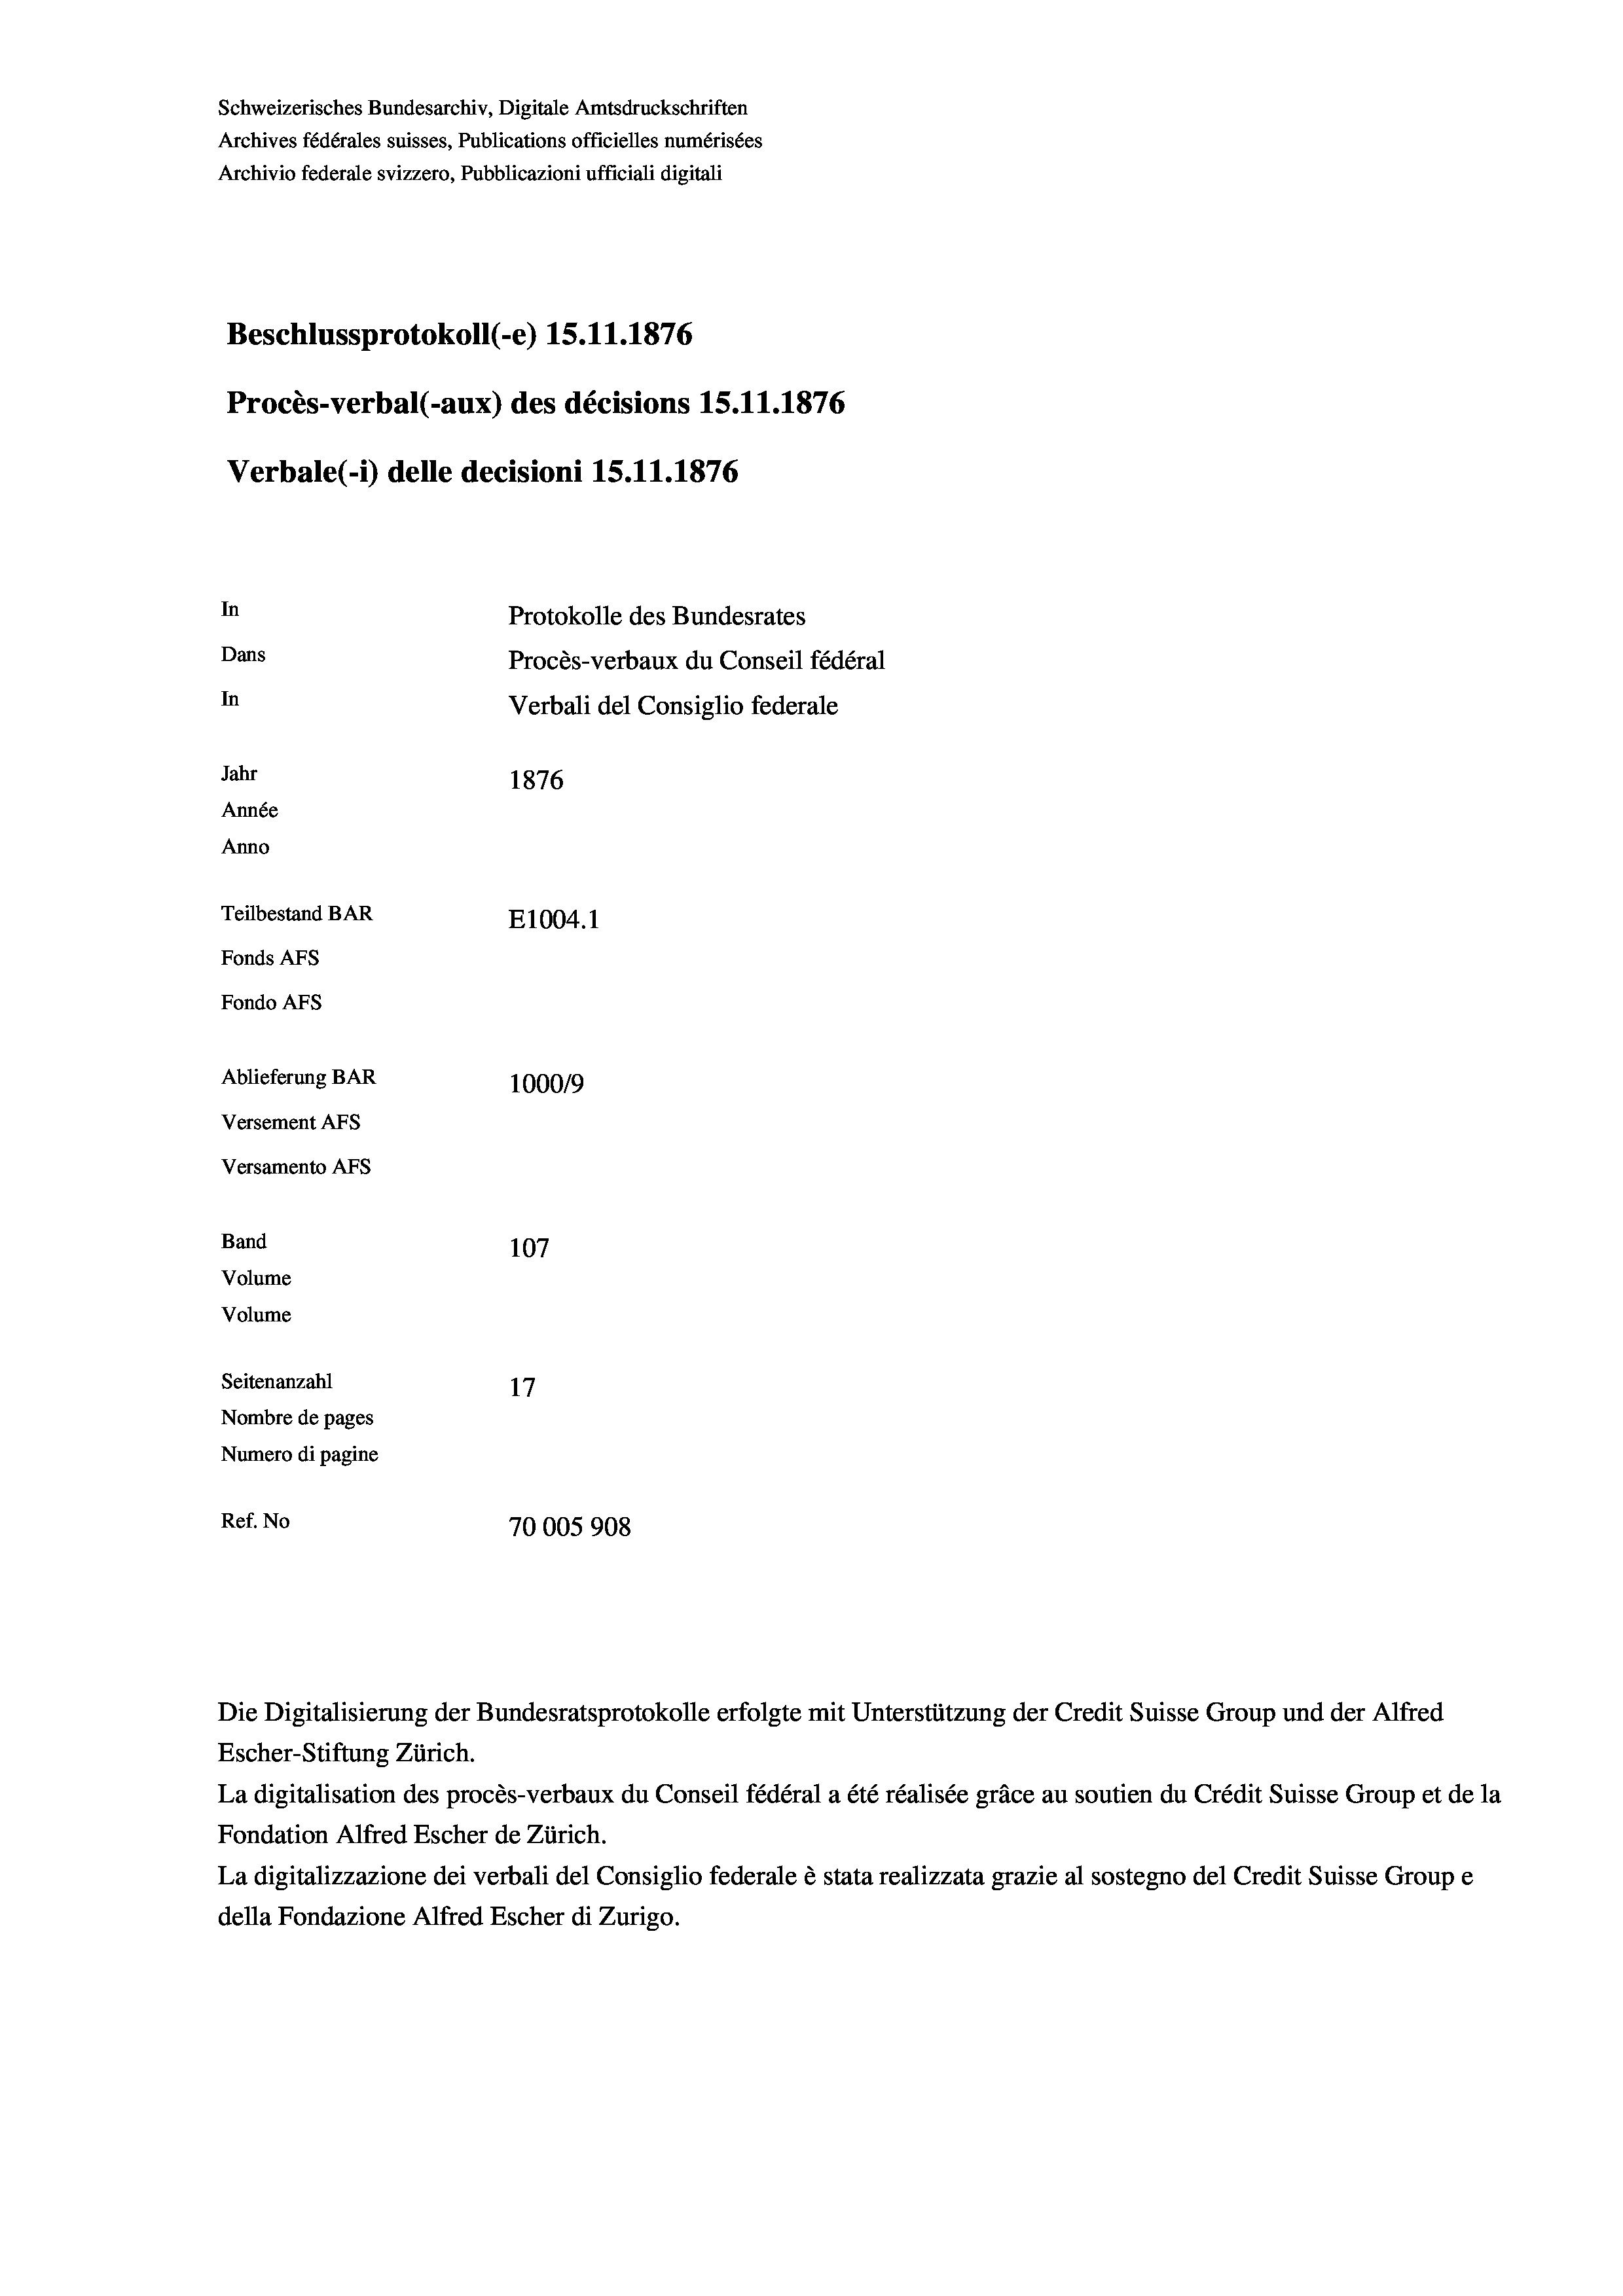
Schweizerisches Bundesarchiv, Digitale Amtsdruckschriften
Archives fédérales suisses, Publications officielles numérisées
Archivio federale svizzero, Pubblicazioni ufficiali digitali
Beschlussprotokoll (-e) 15.11.1876
Procès-verbal (-aux) des décisions 15.11.1876
Verbale (i) delle decisioni 15.11.1876
In
Protokolle des Bundesrates
Dans
Procès-verbaux du Conseil fédéral
In
Verbali del Consiglio federale
Jahr
1876
Année
Anno
Teilbestand BAR
E1004. 1
Fonds AFs
Fondo AFS
Ablieferung BAR
1000/9
Versement Abs
Versamento AFs
Band
107
Volume
Volume
Seitenanzahl
17
Nombre de pages
Numero di pagine
Ref. No
70005908

Escher-Stiftung Zürich.
La digitalisation des procès-verbaux du Conseil fédéral a été réalisée gräce au soutien du Crédit Suisse Group et de la
Fondation Alfred Escher de Zürich.
La digitalizzazione dei verbali del Consiglio federale è stata realizzata grazie al sostegno del Credit Suisse Groupe
della Fondazione Alfred Escher di Zurigo.

Die Digitalisierung der Bundesratsprotokolle erfolgte mit Unterstützung der Credit Suisse Group und der Alfred